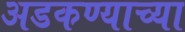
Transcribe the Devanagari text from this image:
अडकण्याच्या